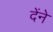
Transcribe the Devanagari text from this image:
देंने